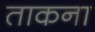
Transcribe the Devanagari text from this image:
ताकना